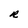
Character: R